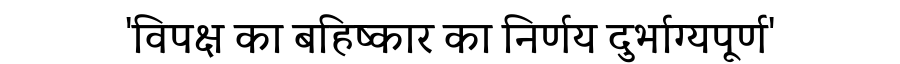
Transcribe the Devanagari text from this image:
'विपक्ष का बहिष्कार का निर्णय दुर्भाग्यपूर्ण'